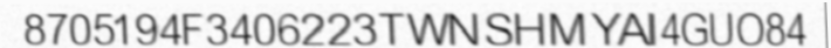
8705194F3406223TWNSHMYAI4GUO84